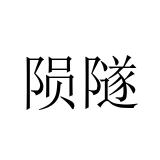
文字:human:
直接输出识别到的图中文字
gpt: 陨隧